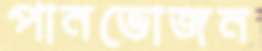
পানভোজন